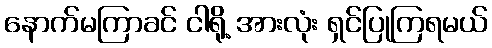
နောက်မကြာခင် ငါရို့ အားလုံး ရှင်ပြုကြရမယ်